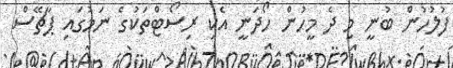
ފުލުހުން ބުނީ މި ދެ މީހުން ހޯދަނީ އެކި ރިސޯޓްތަކުގެ ނަމުގައި ޕާޗޭސް